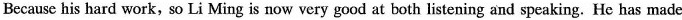
Because his hard work,so Li Mingis now very good at both listening and speaking. He has made